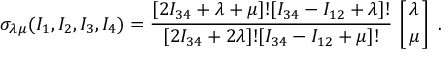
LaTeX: \sigma _ { \lambda \mu } ( I _ { 1 } , I _ { 2 } , I _ { 3 } , I _ { 4 } ) = { \frac { [ 2 I _ { 3 4 } + \lambda + \mu ] ! [ I _ { 3 4 } - I _ { 1 2 } + \lambda ] ! } { [ 2 I _ { 3 4 } + 2 \lambda ] ! [ I _ { 3 4 } - I _ { 1 2 } + \mu ] ! } } \, \left[ { \lambda \atop \mu } \right] \ .